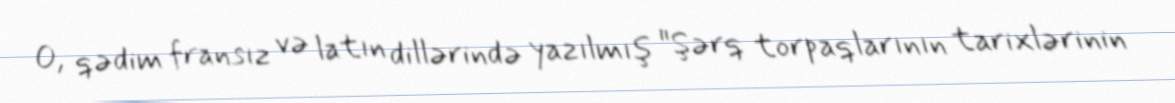
O, qədim fransız və latın dillərində yazılmış "Şərq torpaqlarının tarixlərinin